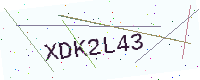
Text: XDK2L43